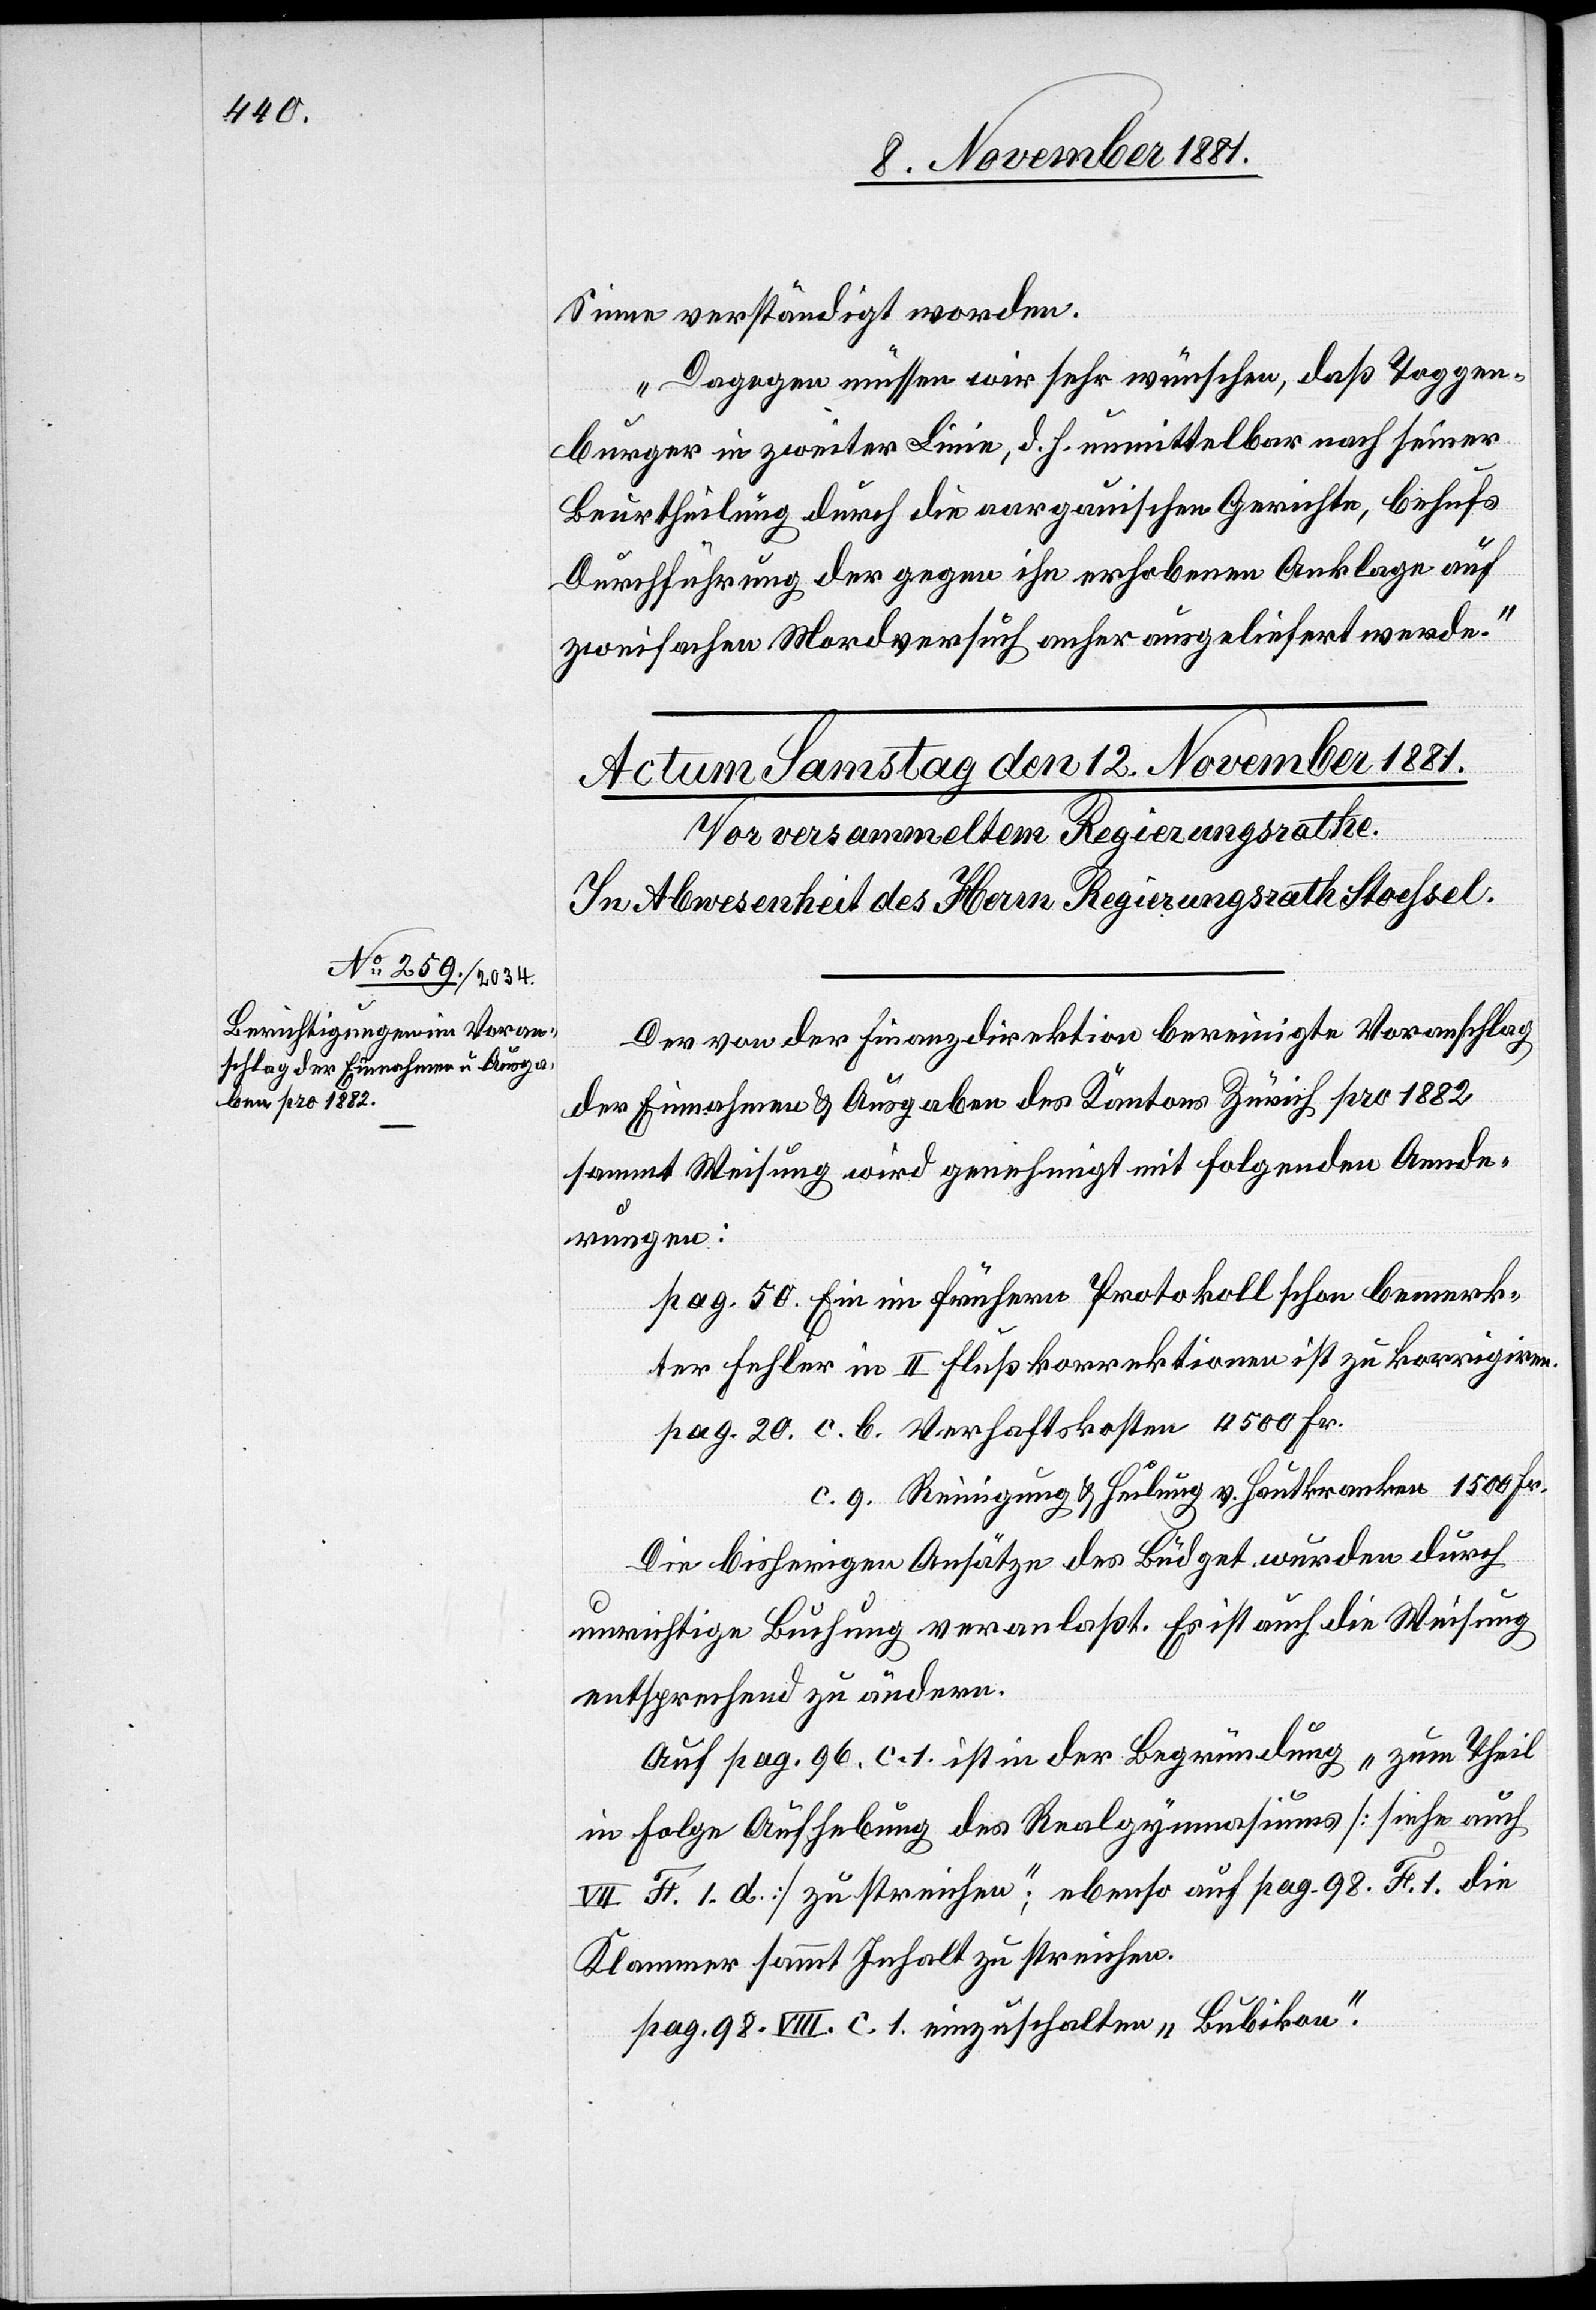
Sinn verständigt worden.
Dagegen müssen wir sehr wünschen, daß Toggen¬
burger in zweiter Linie, d. h. unmittelbar nach seiner
Beurtheilung durch die aargauischen Gerichte, behufs
Durchführung der gegen ihn erhobenen Anklage auf
zweifachen Mordversuch anher ausgeliefert werde.“
Der von der Finanzdirektion bereinigte Voranschlag
der Einnahmen & Ausgaben des Kantons Zürich pro 1882
sammt Weisung wird genehmigt mit folgenden Aende¬
rungen:
pag 50. Ein im frühern Protokoll schon bemerk¬
ter Fehler in II Flußkorrektionen ist zu korrigieren.
pag. 20. c. b. Verhaftskosten 4500 Fr.
c. 9. Reinigung & Heilung v. Hautkranken 1500 Fr.
Die bisherigen Ansätze des Büdget wurden durch
unrichtige Buchung veranlaßt. Es ist auch die Weisung
entsprechend zu ändern.
Auf pag. 96. c. 1. ist in der Begründung „zum Theil
in Folge Aufhebung des Realgymnasiums [siehe auch
VII. F. l. d.] zu streichen“; ebenso auf pag. 98. F. 1. die
Klammer sammt Inhalt zu streichen.
pag. 98. VIII. c. 1. einzuschalten „Bubikon“.